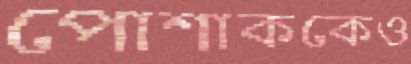
পোশাককেও